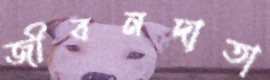
জীবনদাতা